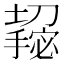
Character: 𫾌